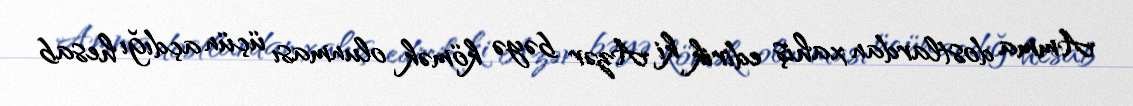
Amma dostlardan xahiş edirik ki Azər bəyə kömək olunması üçün açdığı hesab